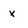
Character: x